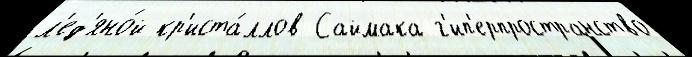
л'ед'яно́й кр'иста́ллов Саймака г'ип'ерпространство